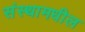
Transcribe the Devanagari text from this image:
संस्थामधील